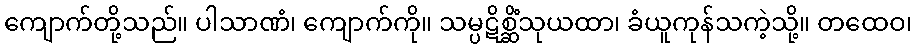
ကျောက်တို့သည်။ ပါသာဏံ၊ ကျောက်ကို။ သမ္ပဋိစ္ဆိံသုယထာ၊ ခံယူကုန်သကဲ့သို့။ တထေဝ၊